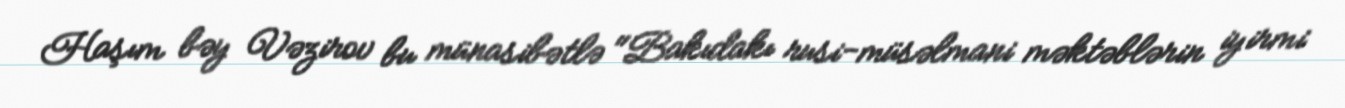
Haşım bəy Vəzirov bu münasibətlə "Bakıdakı rusi-müsəlmani məktəblərin iyirmi